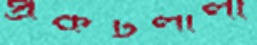
প্রকটলীলা